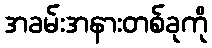
အခမ်းအနားတစ်ခုကို